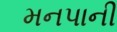
મનપાની